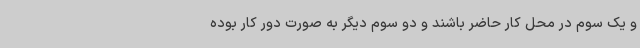
و یک سوم در محل کار حاضر باشند و دو سوم دیگر به صورت دور کار بوده